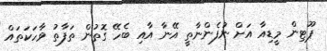
ޕޫޓިން މީޑިއާ އަށް ނުފެންނާތީ އޭނާ އާއި ބެހޭ ގޮތުން ތަފާތު ވާހަކަތައް